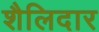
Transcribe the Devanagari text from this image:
शैलिदार